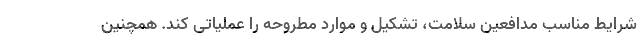
شرایط مناسب مدافعین سلامت، تشکیل و موارد مطروحه را عملیاتی کند. همچنین